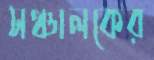
সঞ্চালকের